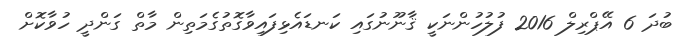
ބުދަ 6 އޭޕްރިލް 2016 ފުލުހުންނަކީ ޤާނޫނުގައި ކަނޑައެޅިފައިވާގޮތުގެމަތިން މާތް ގަންދީ ހުވާކޮށް